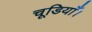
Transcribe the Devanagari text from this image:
चूडियाँ।